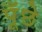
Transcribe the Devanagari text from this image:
पूँछे